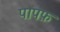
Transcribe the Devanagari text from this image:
पापफ़